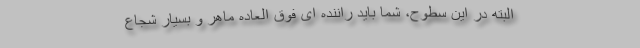
البته در این سطوح، شما باید راننده ای فوق العاده ماهر و بسیار شجاع